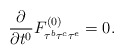
\begin{align*}\frac{\partial}{\partial t^0}F^{(0)}_{\tau^b \tau^c \tau^e}=0.\end{align*}